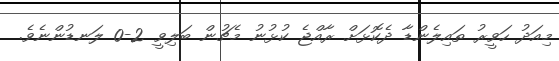
މިއަދު ހަވީރު ތައިލެންޑާ ދެކޮޅަށް ރާއްޖެ ކުޅުނު މެޗުން ބަލިވީ 2-0 ލަނޑުންނެވެ.